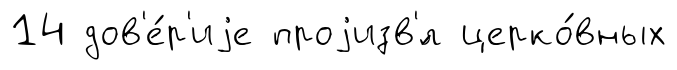
14 дов'е́р'иjе проjизв'́л церко́вных